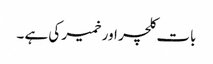
بات کلچر اورخمیر کی ہے ۔